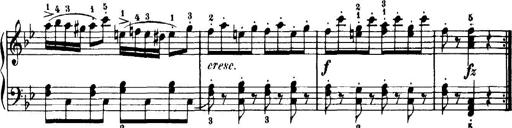
Title: 7 Sonatinas
Composer: Anton Diabelli